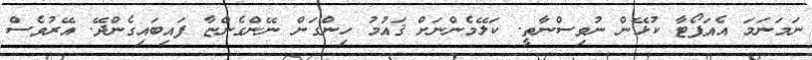
ނަމަނަމަ އެއަޕޯޓާ ކުޅޭން ނުވިސްނާތީ. ކަލޭމެންނަށް ޤައުމު ހިންގަން ނޭންގެންޏާ ފައިބައިގެންދޭ. އޭރުވެސް